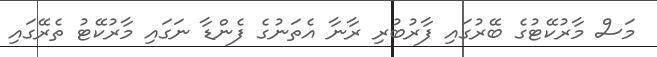
މަސް މާރުކޭޓުގެ ބޭރުގައި ފާރުބުރި ރާނާ އެތަނުގެ ފެންޑާ ނަގައި މާރުކޭޓު ތެރޭގައި